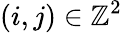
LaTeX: (i,j)\in\mathbb{Z}^{2}